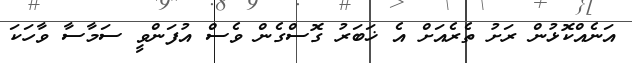
އަނެއްކޮޅުން ރަށު ތެރެއަށް އެ ޚަބަރު ގޮސްގެން ވެސް އުފަންވީ ސަމާސާ ވާހަކަ